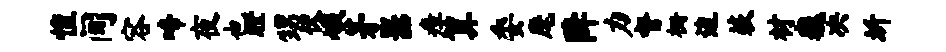
惶间容啼夜也瞠甥伏峨茅器瘴算委麾降力督栅边蔌材巍决圻